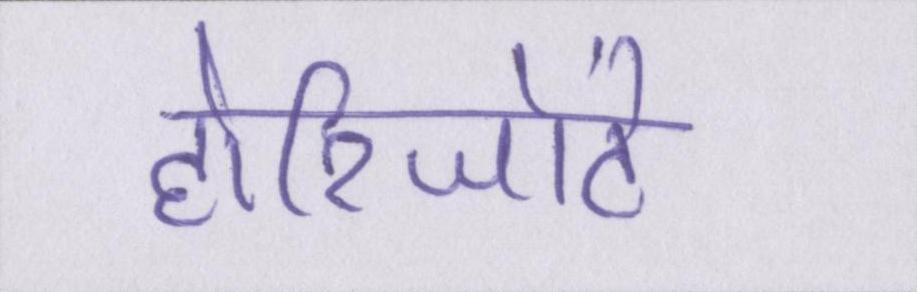
होरिजोंटे